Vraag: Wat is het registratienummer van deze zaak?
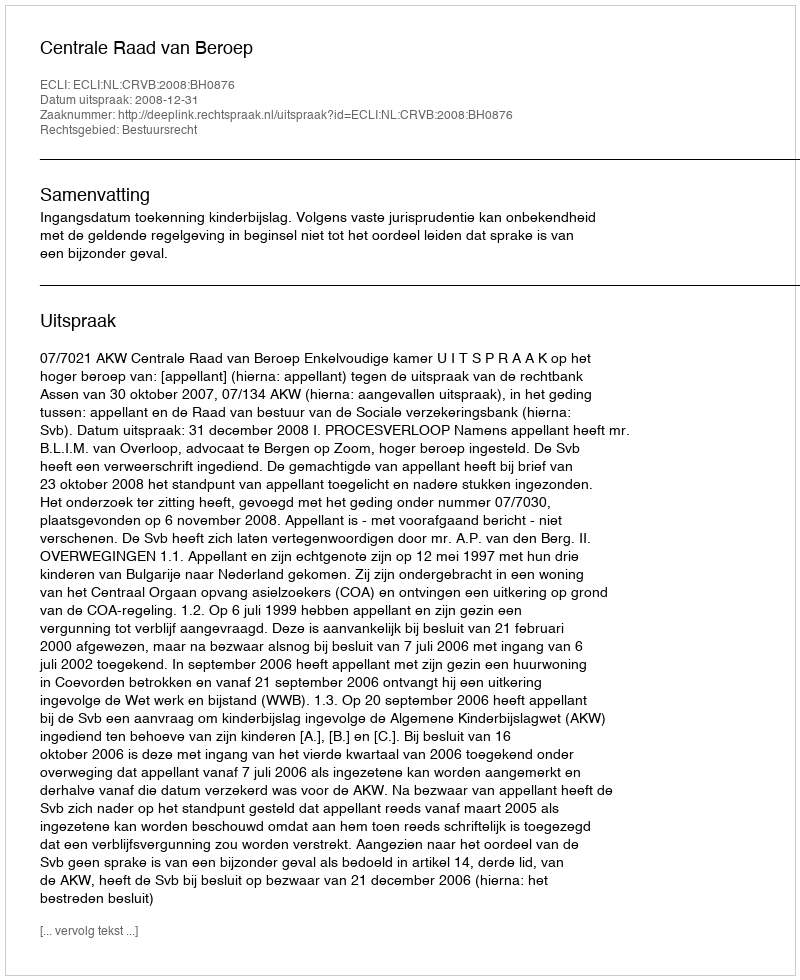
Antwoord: http://deeplink.rechtspraak.nl/uitspraak?id=ECLI:NL:CRVB:2008:BH0876